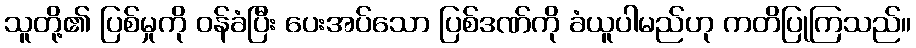
သူတို့၏ ပြစ်မှုကို ဝန်ခံပြီး ပေးအပ်သော ပြစ်ဒဏ်ကို ခံယူပါမည်ဟု ကတိပြုကြသည်။